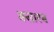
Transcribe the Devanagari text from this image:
बसारब